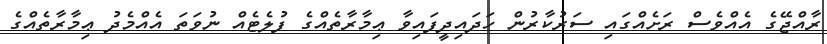
ރާއްޖޭގެ އެއްވެސް ރަށެއްގައި ސަރުކާރުން ހަދައިދީފައިވާ ޢިމާރާތެއްގެ ފުލެޓެއް ނުވަތަ އެއްމެދު ޢިމާރާތެއްގެ